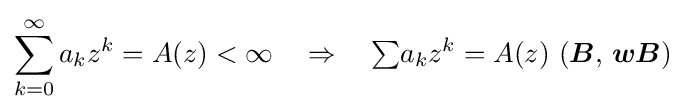
\sum _{k=0}^{\infty }a_{k}z^{k}=A(z)<\infty \quad \Rightarrow \quad {\textstyle \sum }a_{k}z^{k}=A(z)\,\,({\boldsymbol {B}},\,{\boldsymbol {wB}})